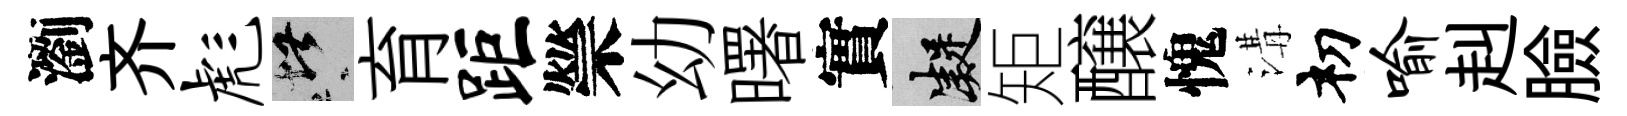
瀏齐彪堪育距禜幼曙實凝矩醸愧溝𥘉喻赳臉